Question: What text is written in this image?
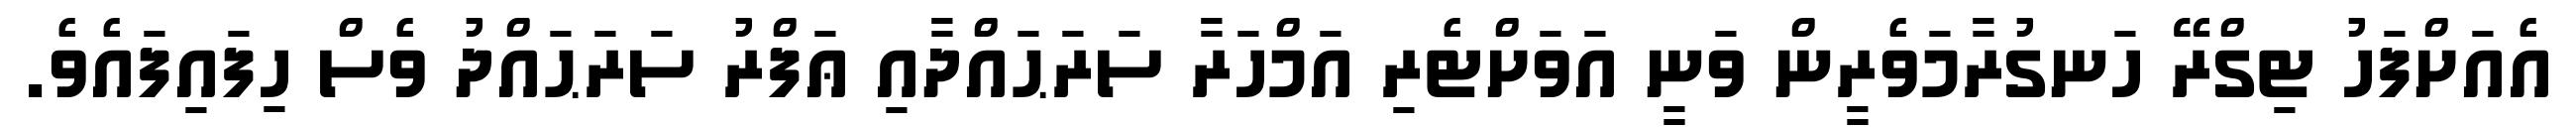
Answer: އެއަށްފަހު ޓިގްރޭ ހަނގުރާމަވެރީން ވަނީ އަވަށްޓެރި އަމްހަރާ ސަރަޙައްދާއި ޢަފްރު ސަރަޙައްދު ވެސް ހިފައިފައެވެ.